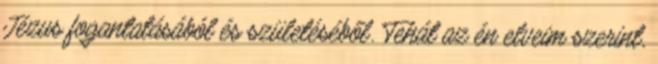
Jézus fogantatásából és születéséből. Tehát az én elveim szerint,